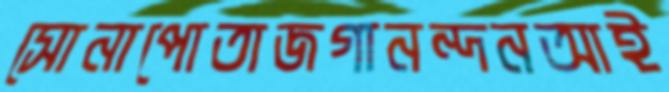
সোনাপোতাজগানন্দনআই